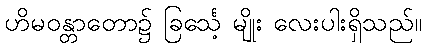
ဟိမဝန္တာတော၌ ခြင်္သေ့ မျိုး လေးပါးရှိသည်။